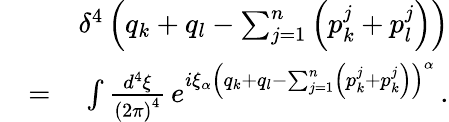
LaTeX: \begin{array}{rlr}&{}&{\delta^{4}\left(q_{k}+q_{l}-\sum_{j=1}^{n}\left(p_{k}^{j}+p_{l}^{j}\right)\right)}\\ &{=}&{\int\frac{d^{4}\xi}{\left(2\pi\right)^{4}}\, e^{i\xi_{\alpha}\left(q_{k}+q_{l}-\sum_{j=1}^{n}\left(p_{k}^{j}+p_{k}^{j}\right)\right)^{\alpha}}\, .}\end{array}